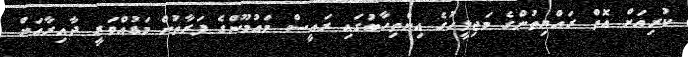
ކުރިއަށް އޮތް ރައްޔިތުންގެ މަޖިލީހުގެ އިންޠިހާބުގައި ރައީސް މައުމޫންގެ ފަރާތުން މަޑުއްވަރީ ދާއިރާއަށް